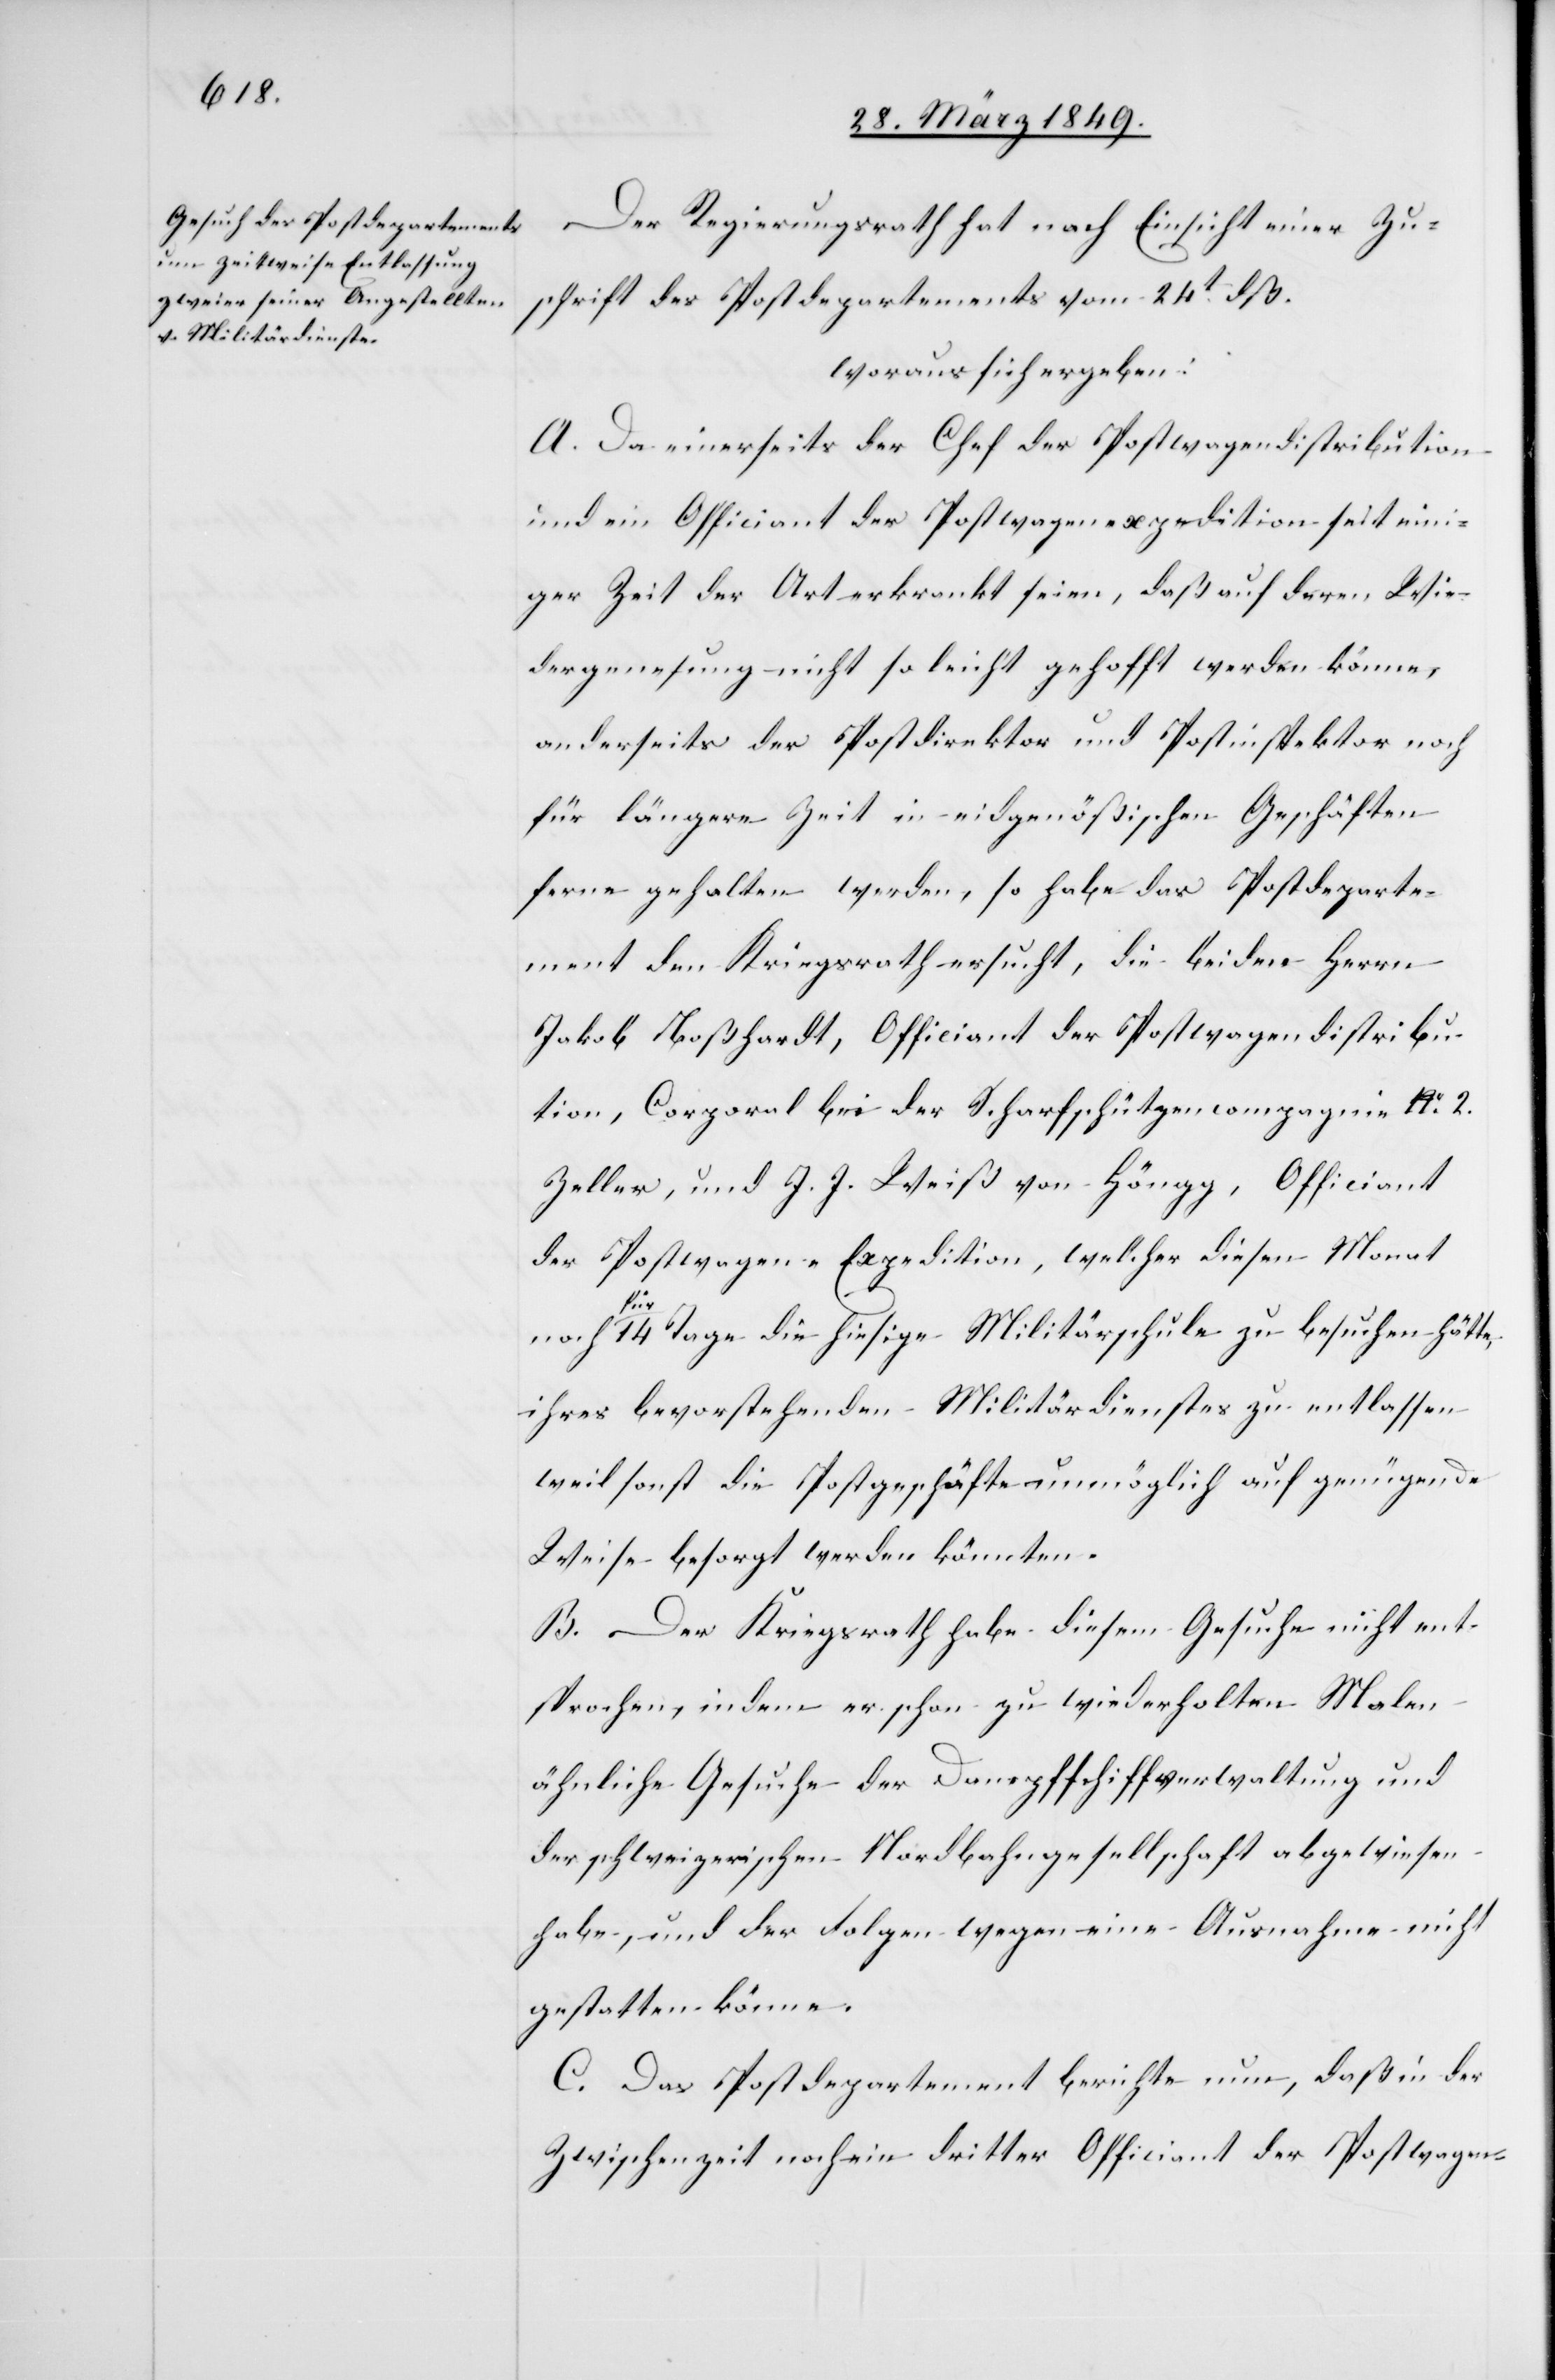
Der Regierungsrath hat nach Einsicht einer Zu¬
schrift des Postdepartements vom 24t. dß.
woraus sich ergeben:
A. Da einerseits der Chef der Postwagendistribution
und ein Officiant der Postwagenexpedition seit eini¬
ger Zeit der Art erkrankt seien, daß auf deren Wie¬
dergenesung nicht so leicht gehofft werden könne,
anderseits der Postdirektor und Postinspektor noch
für längere Zeit in eidgenößischen Geschäften
ferne gehalten werden, so habe das Postdeparte¬
ment den Kriegsrath ersucht, die beiden Herrn
Jakob Boßhardt, Officiant der Postwagendistribu¬
tion, Corporal bei der Scharfschützencompagnie No. 2.
Zeller, und J. J. Weiß von Höngg, Officiant
der Postwagen-Expedition, welcher diesen Monat
noch für 14 Tage die hiesige Militärschule zu besuchen hätte,
ihres bevorstehenden Militärdienstes zu entlassen
weil sonst die Postgeschäfte unmöglich auf genügende
Weise besorgt werden könnten.
B. Der Kriegsrath habe diesem Gesuche nicht ent¬
sprochen, indem er schon zu wiederholten Malen
ähnliche Gesuche der Dampfschiffverwaltung und
der schweizerischen Nordbahngesellschaft abgewiesen
habe, und der Folgen wegen eine Ausnahme nicht
gestatten könne.
C. Das Postdepartement berichte nun, daß in der
Zwischenzeit noch ein dritter Officiant der Postwagen-